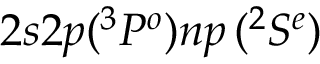
2 s 2 p ( ^ { 3 } { P ^ { o } } ) n p \, ( { ^ 2 S ^ { e } } )